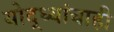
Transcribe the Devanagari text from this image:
योद्ध्यांचाही